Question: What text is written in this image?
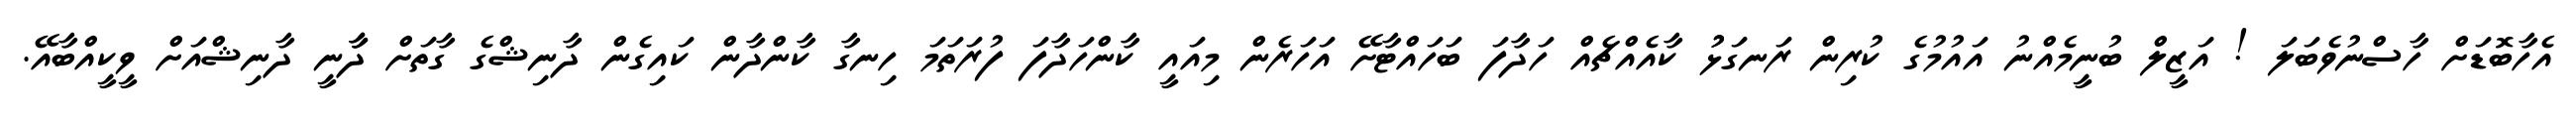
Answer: އެހާބޮޑަށް ހާސްނުވެބަލަ ! އަޒީލް ބުނީމެއްނު އައުމުގެ ކުރިން ރަނގަޅުު ކާއެއްޗެއް ހަދާފަ ބަހައްޓާށޭ އަހަރެން މިއައީ ކާންހަދާފަ ފުރަތަމަ ހިނގާ ކާންދާން ކައިގެން ދާނިޝްގެ ގާތަށް ދާާނީ ދާނިޝްއަށް ވީކީއްބާއޭ.